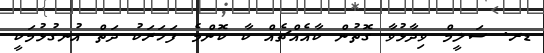
ޑރ. ސަލީމް ވިދާޅުވާ ގޮތުން ކާއެއްޗެއް ކާ ކޮންމެ ފަހަރަކު ދަތް އުނގުޅުމަކީ